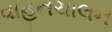
વાહનચાલન